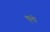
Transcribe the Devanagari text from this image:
कृत्तों